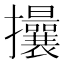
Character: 𢺖